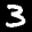
Label: 3